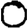
Digit: 0